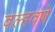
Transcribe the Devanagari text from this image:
वल्हवणे